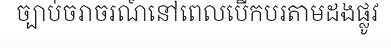
ច្បាប់ចរាចរណ៍នៅពេលបើកបរតាមដងផ្លូវ